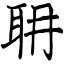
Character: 耼